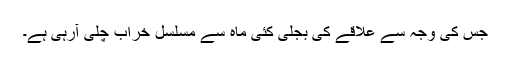
جس کی وجہ سے علاقے کی بجلی کئی ماہ سے مسلسل خراب چلی آرہی ہے۔